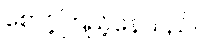
စောင့်ကြည့်နေသည်။